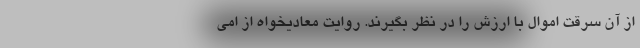
از آن سرقت اموال با ارزش را در نظر بگیرند. روایت معادیخواه از امی